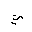
Letter: _ya